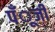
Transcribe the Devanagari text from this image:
पँूजी